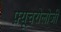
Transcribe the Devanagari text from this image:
फ़्यूचरोलोजी